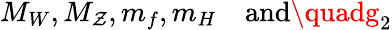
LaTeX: M_{W},M_{\mathcal{Z}},m_{f},m_{H}\quad\mathrm{{and}}\quadg_{2}